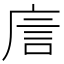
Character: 㢇